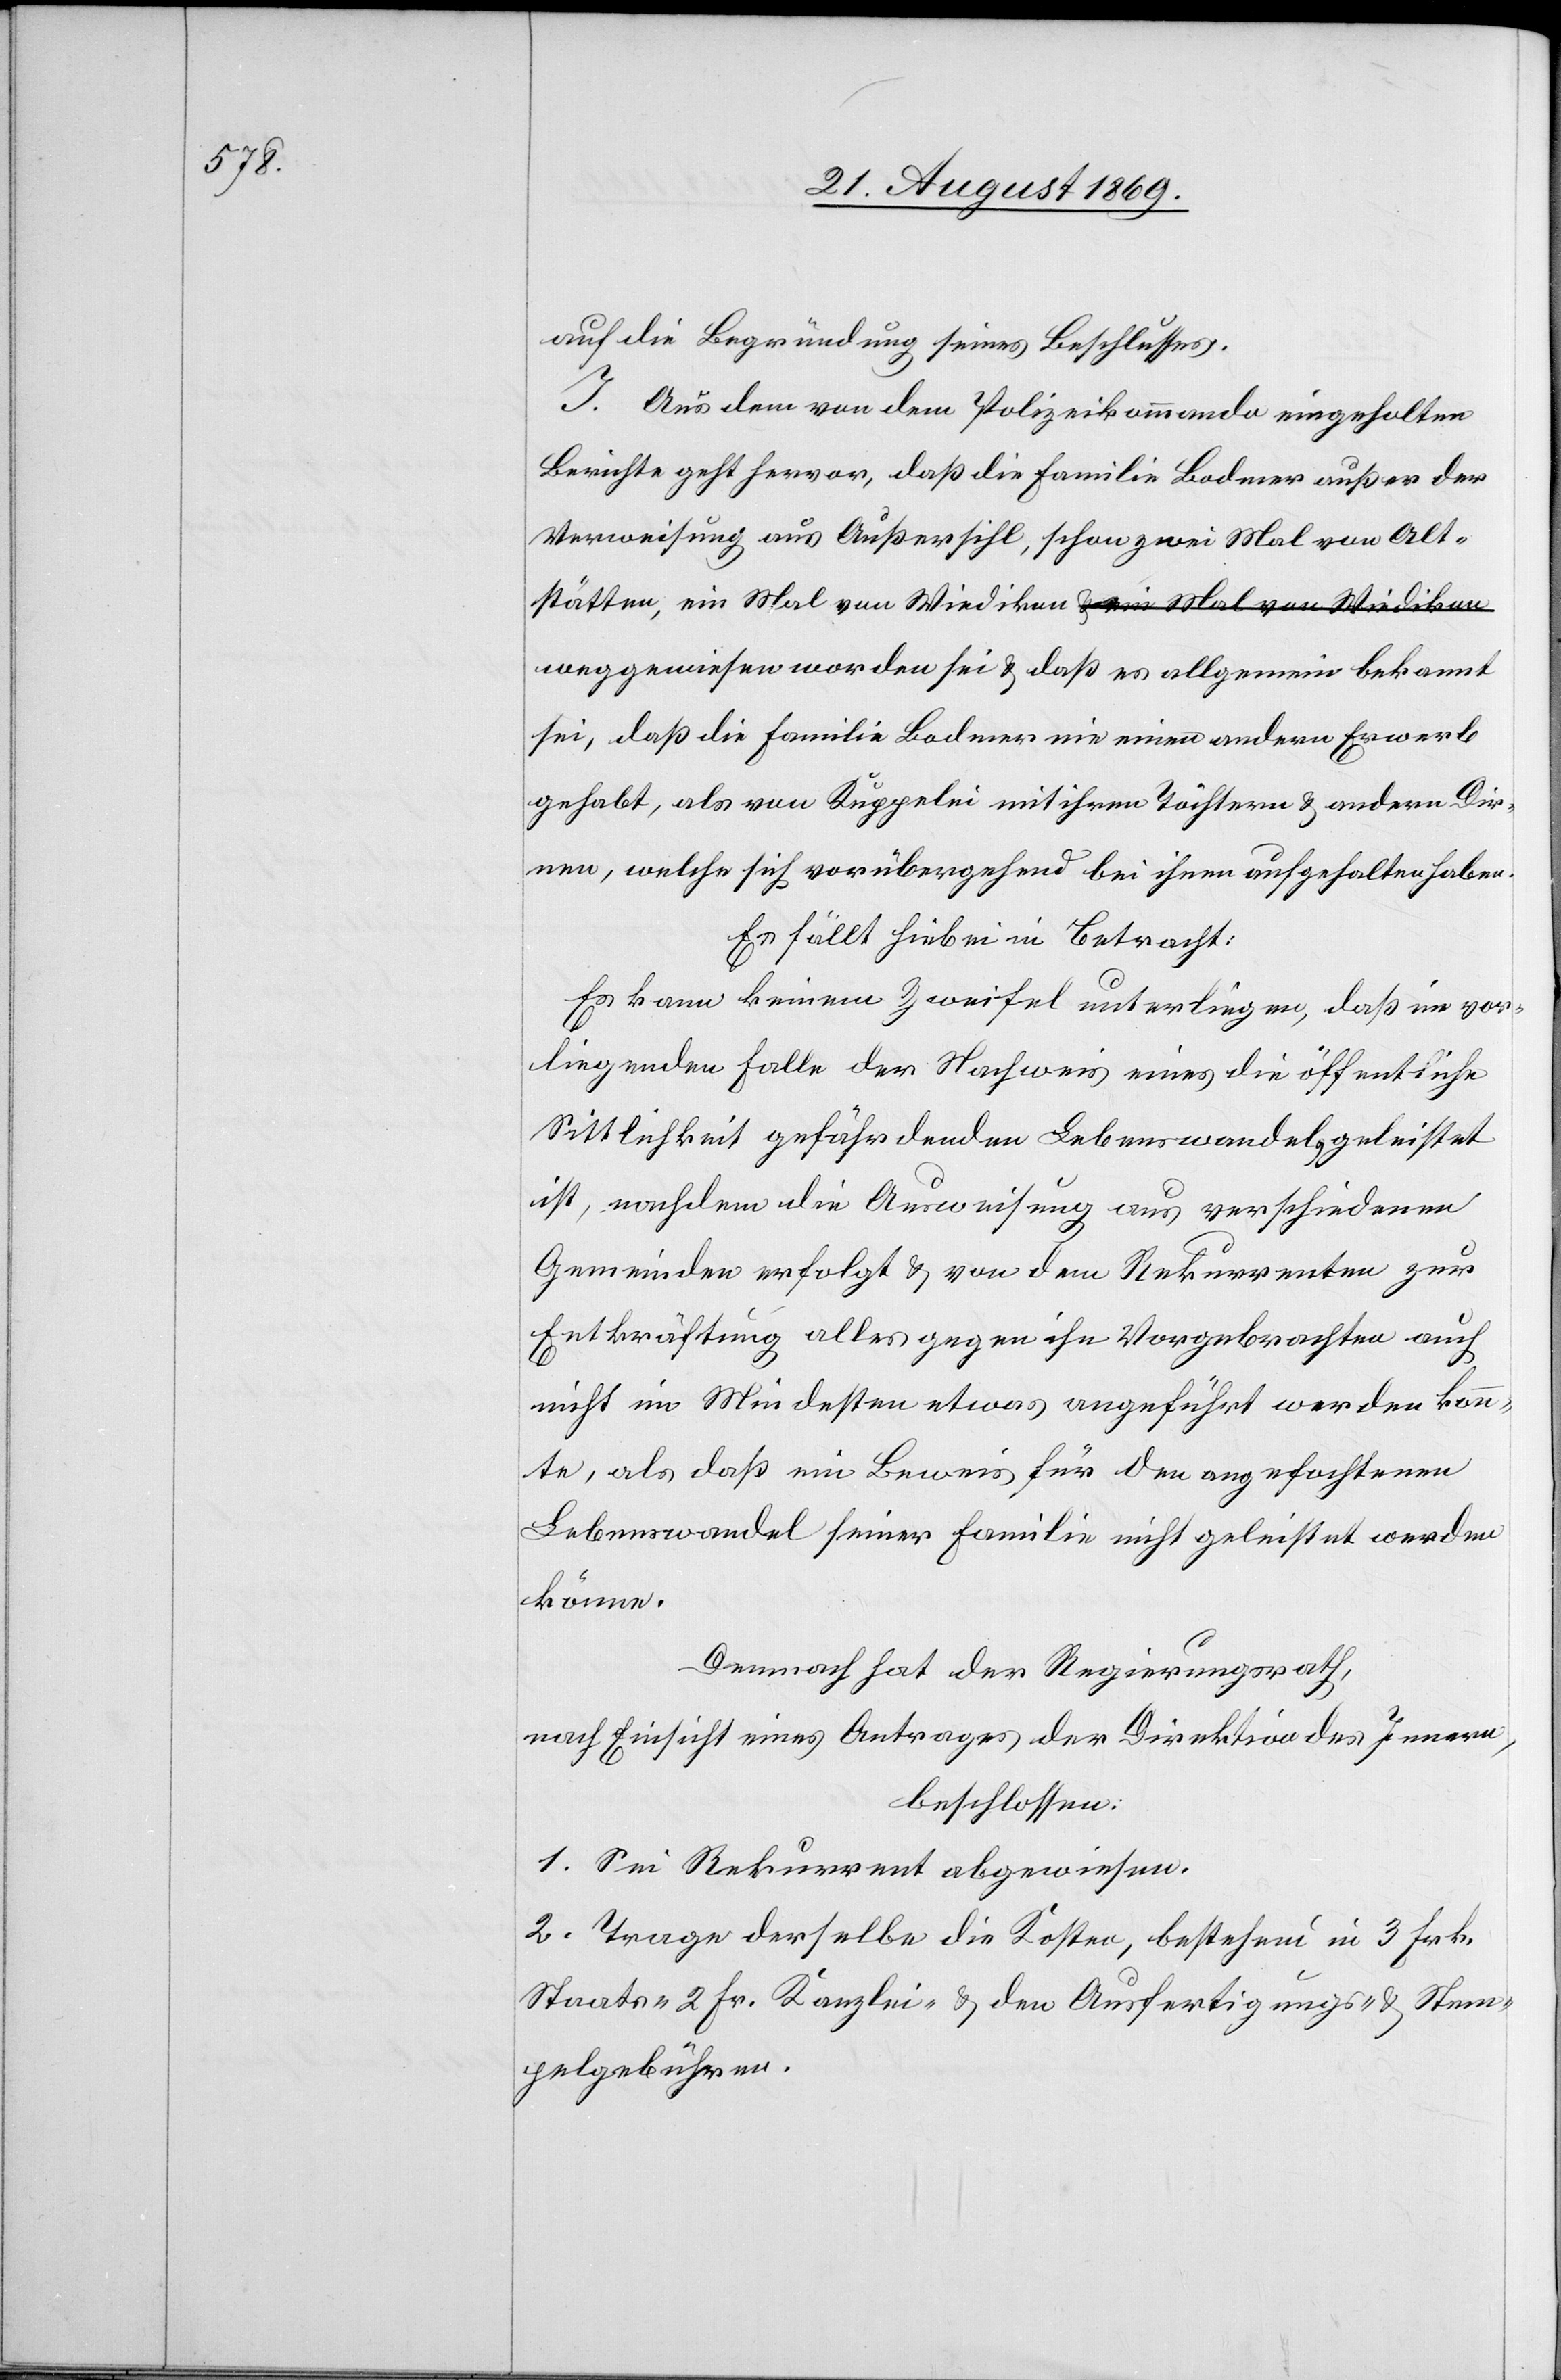
auf die Begründung seines Beschlusses.
I. Aus dem von dem Polizeikommando eingeholten
Berichte geht hervor, daß die Familie Bodmer außer der
Verweisung aus Außersihl, schon zwei Mal von Alt¬
stätten, ein Mal von Wiedikon weggewiesen worden sei & daß
sei, daß die Familie Bodmer nie einen andern Erwerb
gehabt, als von Kuppelei mit ihrem Töchtern & andern Dir¬
nen, welche sich vorübergehend bei ihnen aufgehalten haben.
Es fällt hiebei in Betracht:
Es kann keinem Zweifel unterliegen, daß im vor¬
liegenden Falle der Nachweis eines die öffentliche
Sittlichkeit gefährdenden Lebenswandels geleistet
ist, nachdem die Ausweisung aus verschiedenen
Gemeinden erfolgt & von dem Rekurrenten zur
Entkräftung alles gegen ihn Vorgebrachten auch
nicht im Mindesten etwas angeführt werden konn¬
te, als daß ein Beweis für den angefochtenen
Lebenswandel seiner Familie nicht geleistet werden
könne.
Demnach hat der Regierungsrath,
nach Einsicht eines Antrages der Direktion des Innern,
beschlossen:
1. Sei Rekurrent abgewiesen.
2. Trage derselbe die Kosten, bestehend in 3 Frk.
Staats- 2 Fr. Kanzlei- & den Ausfertigungs- & Stem¬
pelgebühren.